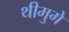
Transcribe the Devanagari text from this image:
थीमुगे